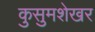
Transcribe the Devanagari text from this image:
कुसुमशेखर